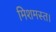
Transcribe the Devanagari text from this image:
मिशमस्त।